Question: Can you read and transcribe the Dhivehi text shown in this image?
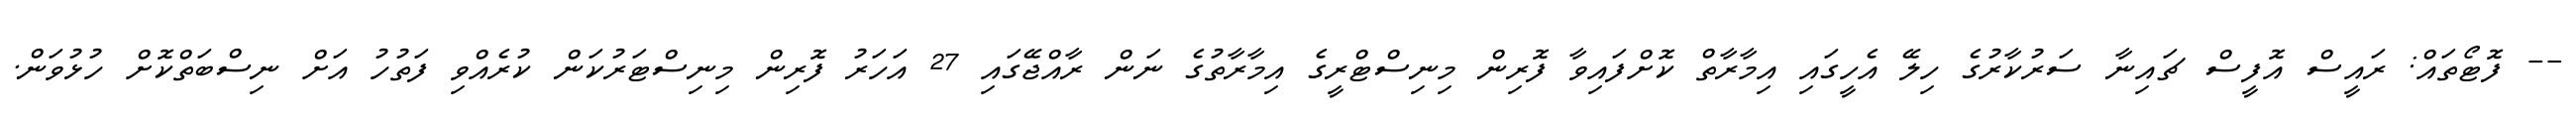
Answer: -- ފޮޓޯތައް: ރައީސް އޮފީސް ޗައިނާ ސަރުކާރުގެ ހިލޭ އެހީގައި އިމާރާތް ކޮށްފައިވާ ފޮރިން މިނިސްޓްރީގެ އިމާރާތުގެ ނަން ރާއްޖޭގައި 27 އަހަރު ފޮރިން މިނިސްޓަރުކަން ކުރެއްވި ފަތުހު އަށް ނިސްބަތްކޮށް ހުޅުވަން.